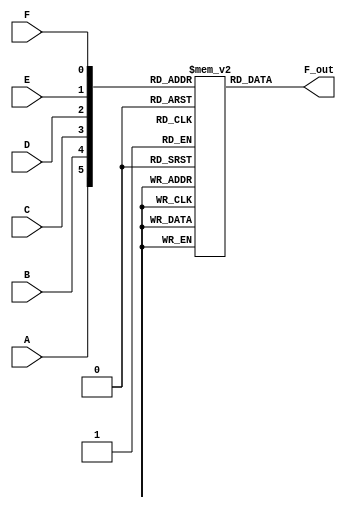
module kmap_6var (
    input  wire A,  // 1st variable
    input  wire B,  // 2nd variable
    input  wire C,  // 3rd variable
    input  wire D,  // 4th variable
    input  wire E,  // 5th variable
    input  wire F,  // 6th variable
    output wire F_out // Output of the simplified Boolean function
);

    // 6-bit binary input
    wire [5:0] input_vars = {A, B, C, D, E, F};
    reg F_map [0:63]; // 64 entries for the K-map

    // Initialize the K-map with the minterms
    initial begin
        // Define the K-map minterms:
        // For instance, let's map some arbitrary minterms as '1':
        F_map[0]  = 1;   // m0
        F_map[1]  = 0;   // m1
        F_map[2]  = 1;   // m2
        F_map[3]  = 0;   // m3
        F_map[4]  = 1;   // m4
        F_map[5]  = 1;   // m5
        F_map[6]  = 0;   // m6
        F_map[7]  = 1;   // m7
        F_map[8]  = 0;   // m8
        F_map[9]  = 1;   // m9
        F_map[10] = 1;   // m10
        // Fill in the rest based on your specific minterms
        // ... (Define all other minterms here as needed)
        F_map[63] = 0;   // m63
    end

    // Evaluate output based on the K-map
    assign F_out = F_map[input_vars]; // Access the K-map using the input variables

endmodule